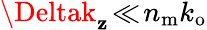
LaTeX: \Deltak_{\mathbf{z}}\! \ll\! n_{\mathrm{{m}}}k_{\mathrm{{o}}}